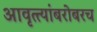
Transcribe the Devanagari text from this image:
आवृत्त्यांबरोबरच